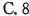
C.8